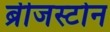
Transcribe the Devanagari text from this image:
ब्रीजस्टोन